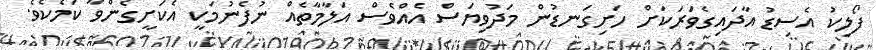
ފޯލިކު އެސިޑު އާދައިގެވަރަކަށް ހަށިގަނޑުން މަދުވިޔަސް އެއްވެސް އަލާމާތެއް ނުފެނުމަކީ އެކަށީގެންވާ ކަމެކެވެ.